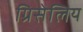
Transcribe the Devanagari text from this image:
ग्रिसेलिय